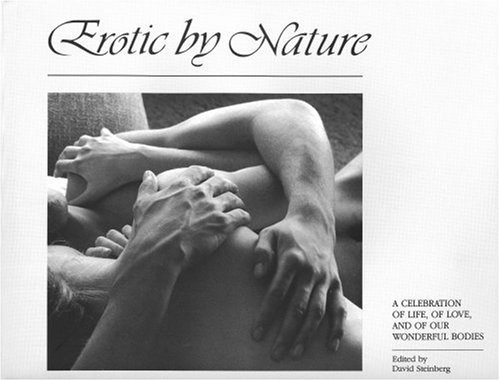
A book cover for Erotic by Nature: A Celebration of Life, of Love, and of Our Wonderful Bodies; David Steinberg; Romance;